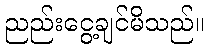
ညည်းငွေ့ချင်မိသည်။